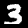
Digit: 3